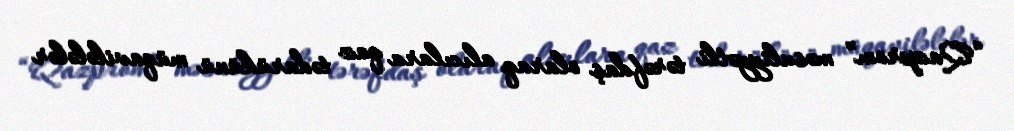
“Qazprom” məsuliyyətli tərəfdaş olaraq alıcılara qaz tədarükünü müqavilələlər